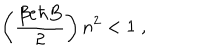
LaTeX: \left( \frac { \beta e \hbar B } { 2 } \right) n ^ { 2 } < 1 \; ,